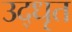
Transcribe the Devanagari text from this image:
उद्‍धृत